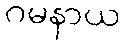
ဂမနာယ